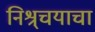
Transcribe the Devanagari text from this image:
निश्र्चयाचा